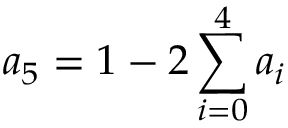
a _ { 5 } = 1 - 2 \sum _ { i = 0 } ^ { 4 } a _ { i }